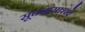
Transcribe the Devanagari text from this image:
सूचनांसारखे